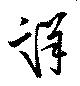
詳